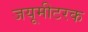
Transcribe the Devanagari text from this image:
जयूमीटरक